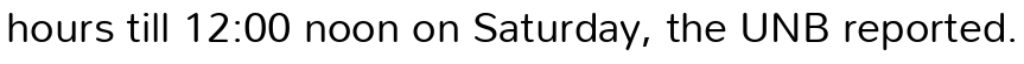
hours till 12:00 noon on Saturday, the UNB reported.